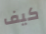
كيف